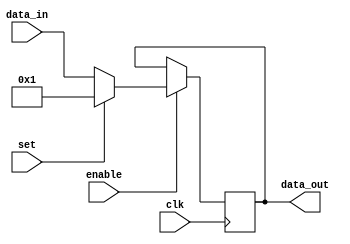
module registroa(
    input [9:0] data_in,
    input enable,
    input set,
    input clk,
    output reg [9:0] data_out
    );
    initial data_out = 0;
    
    always @(posedge clk)
    if (enable==1)
        begin
          if (set)
            data_out = 1;
          else data_out = data_in;
        end
    else data_out = data_out;
endmodule